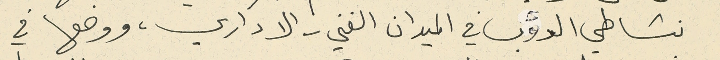
نشاطي الدؤب في الميدان الفني - الاداري، ووضعها في